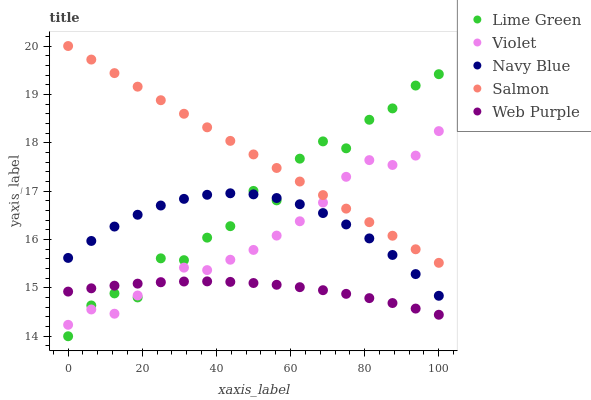
| xaxis_label | Lime Green | Violet | Navy Blue | Salmon | Web Purple |
 | --- | --- | --- | --- | --- | --- |
 | 0 | 14 | 14.2 | 15.6 | 20 | 14.9 |
 | 6.25 | 14.6 | 14.6 | 16 | 19.7 | 15 |
 | 12.5 | 14.9 | 14.5 | 16.3 | 19.4 | 15 |
 | 18.8 | 14.8 | 14.8 | 16.5 | 19.2 | 15.1 |
 | 25 | 15.6 | 15.1 | 16.7 | 18.9 | 15.1 |
 | 31.2 | 15.6 | 15.4 | 16.8 | 18.6 | 15.1 |
 | 37.5 | 16 | 15.4 | 16.9 | 18.3 | 15.1 |
 | 43.8 | 16.3 | 15.6 | 17 | 18 | 15.1 |
 | 50 | 17 | 15.8 | 16.9 | 17.8 | 15.1 |
 | 56.2 | 16.8 | 16.1 | 16.9 | 17.5 | 15.1 |
 | 62.5 | 17.7 | 16.4 | 16.7 | 17.2 | 15 |
 | 68.8 | 18 | 16.8 | 16.5 | 16.9 | 15 |
 | 75 | 17.9 | 17.3 | 16.3 | 16.6 | 14.9 |
 | 81.2 | 18.5 | 17.6 | 16 | 16.4 | 14.8 |
 | 87.5 | 18.7 | 17.5 | 15.7 | 16.1 | 14.7 |
 | 93.8 | 19.2 | 17.7 | 15.3 | 15.8 | 14.6 |
 | 100 | 19.4 | 18.2 | 14.8 | 15.5 | 14.4 |